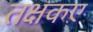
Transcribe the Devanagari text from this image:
तक्षकए